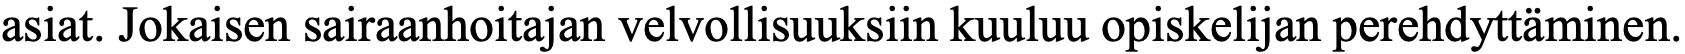
asiat. Jokaisen sairaanhoitajan velvollisuuksiin kuuluu opiskelijan perehdyttäminen.